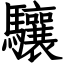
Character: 驤